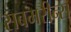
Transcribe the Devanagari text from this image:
सबमरीन्स